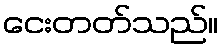
ငေးတတ်သည်။